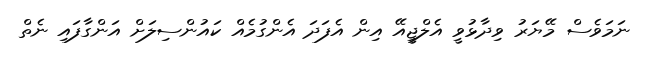
ނަމަވެސް މޭޔަރު ވިދާޅުވީ އެލްޖީއޭ އިން އެފަދަ އެންގުމެއް ކައުންސިލަށް އަންގާފައި ނެތް